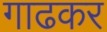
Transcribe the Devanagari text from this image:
गाढकर